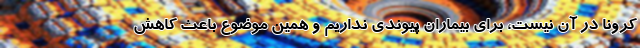
کرونا در آن نیست، برای بیماران پیوندی نداریم و همین موضوع باعث کاهش